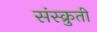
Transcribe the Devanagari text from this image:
संस्क्रुती